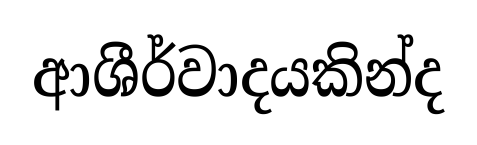
ආශීර්වාදයකින්ද